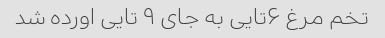
تخم مرغ ۶تایی به جای ۹ تایی اورده شد